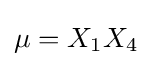
{\textstyle \mu =X_{1}X_{4}}